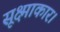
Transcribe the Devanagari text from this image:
सूक्ष्माकार।